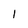
Character: 1